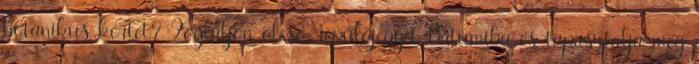
botanikus kertet? Foglaljon olcsó repülőjegyet Batumiba és tapasztalja meg